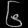
Digit: ၆